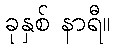
ခုနှစ် နာရီ။